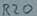
Text: R20